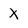
Character: X